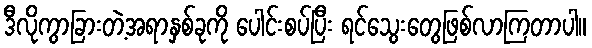
ဒီလိုကွာခြားတဲ့အရာနှစ်ခုကို ပေါင်းစပ်ပြီး ရင်သွေးတွေဖြစ်လာကြတာပါ။